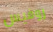
روفيس